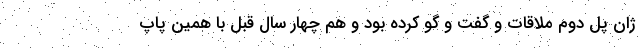
ژان پل دوم ملاقات و گفت و گو کرده بود و هم چهار سال قبل با همین پاپ